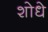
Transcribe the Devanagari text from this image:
शोधे